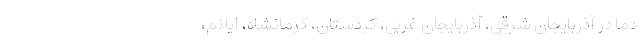
دما در آذربایجان شرقی، آذربایجان غربی، کردستان، کرمانشاه، ایلام،